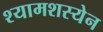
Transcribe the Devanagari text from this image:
श्यामशस्येन